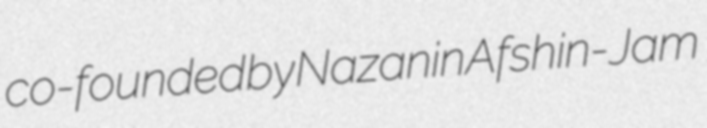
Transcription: co-founded by Nazanin Afshin-Jam